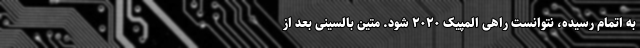
به اتمام رسیده، نتوانست راهی المپیک ۲۰۲۰ شود. متین بالسینی بعد از